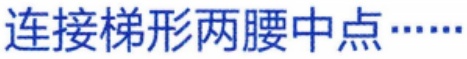
连接梯形两腰中点……